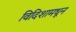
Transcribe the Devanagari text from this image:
विदिशामधून